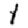
Digit: 1